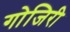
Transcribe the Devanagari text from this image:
गोजिरी